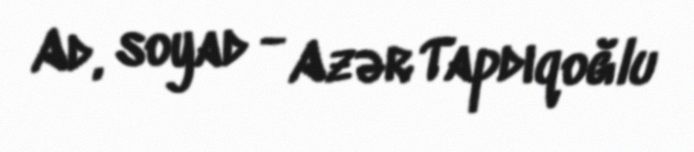
Ad, soyad - Azər Tapdıqoğlu